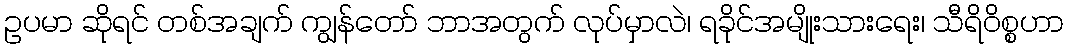
ဥပမာ ဆိုရင် တစ်အချက် ကျွန်တော် ဘာအတွက် လုပ်မှာလဲ၊ ရခိုင်အမျိုးသားရေး၊ သီရိ၀ိစ္စဟာ